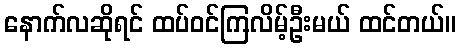
နောက်လဆိုရင် ထပ်ဝင်ကြလိမ့်ဦးမယ် ထင်တယ်။